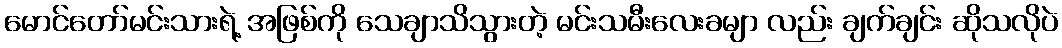
မောင်တော်မင်းသားရဲ့ အဖြစ်ကို သေချာသိသွားတဲ့ မင်းသမီးလေးခမျာ လည်း ချက်ချင်း ဆိုသလိုပဲ